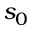
s _ { 0 }